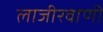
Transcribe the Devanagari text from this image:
लाजीरवाणी